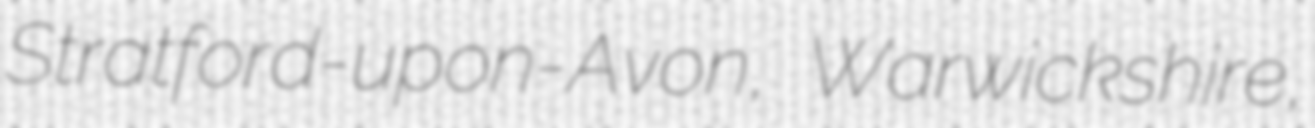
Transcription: Stratford-upon-Avon, Warwickshire,